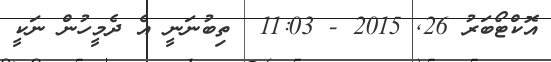
އޮކްޓޯބަރު 26